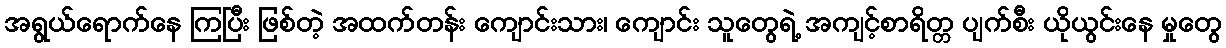
အရွယ်ရောက်နေ ကြပြီး ဖြစ်တဲ့ အထက်တန်း ကျောင်းသား၊ ကျောင်း သူတွေရဲ့ အကျင့်စာရိတ္တ ပျက်စီး ယိုယွင်းနေ မှုတွေ